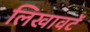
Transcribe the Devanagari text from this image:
लिखावटें